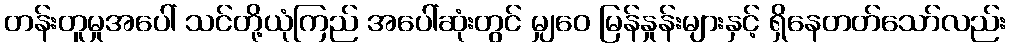
တန်းတူမှုအပေါ် သင်တို့ယုံကြည် အပေါ်ဆုံးတွင် မျှဝေ မြန်နှုန်းများနှင့် ရှိနေတတ်သော်လည်း